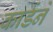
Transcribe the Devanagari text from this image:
कार्डने